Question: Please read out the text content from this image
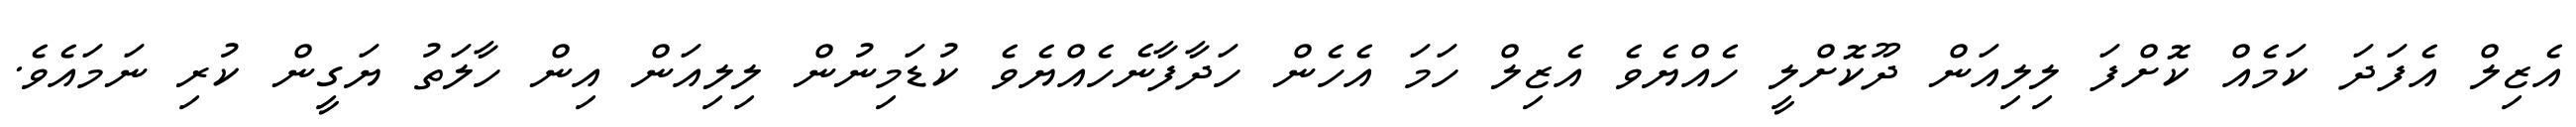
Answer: އެޒިލް އެފަދަ ކަމެއް ކޮށްފަ ލިލިއަން ދޫކޮށްލީ ހެއްޔެވެ އެޒިލް ހަމަ އެހެން ހަދާފާނެހެއްޔެވެ ކުޑަމިނުން ލިލިއަން އިން ހާލަތު ޔަގީން ކުރި ނަމައެވެ.